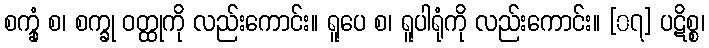
စက္ခုံ စ၊ စက္ခု ဝတ္ထုကို လည်းကောင်း။ ရူပေ စ၊ ရူပါရုံကို လည်းကောင်း။ [၀၇] ပဋိစ္စ၊